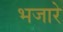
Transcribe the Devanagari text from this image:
भजारे